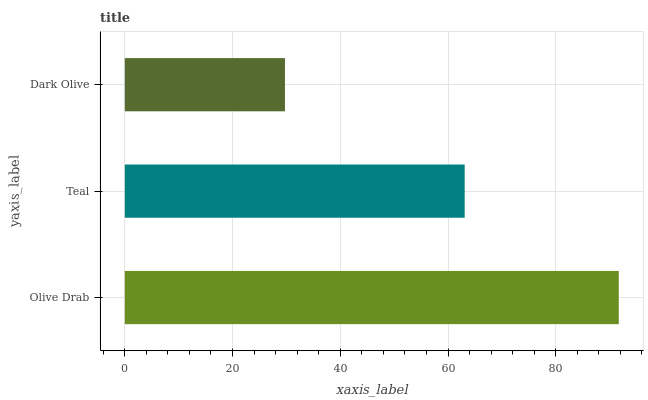
| yaxis_label | bars |
 | --- | --- |
 | Olive Drab | 91.7 |
 | Teal | 63.1 |
 | Dark Olive | 29.7 |